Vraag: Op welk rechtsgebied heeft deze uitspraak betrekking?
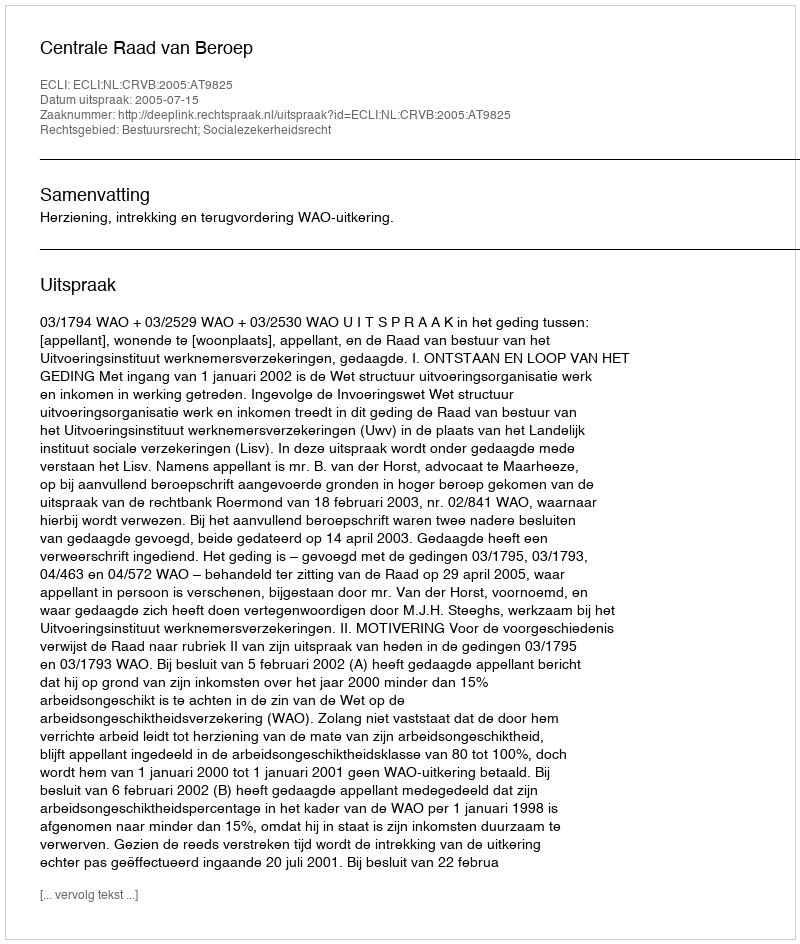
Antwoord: Bestuursrecht; Socialezekerheidsrecht